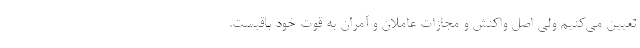
تعیین می‌کنیم ولی اصل واکنش و مجازات عاملان و آمران به قوت خود باقیست.